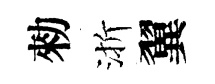
勑渐翼